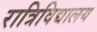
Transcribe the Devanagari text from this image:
रात्रिविद्यालय